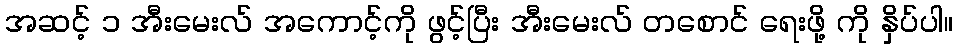
အဆင့် ၁ အီးမေးလ် အကောင့်ကို ဖွင့်ပြီး အီးမေးလ် တစောင် ရေးဖို့ ကို နှိပ်ပါ။